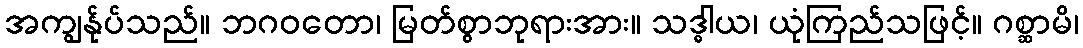
အကျွန်ုပ်သည်။ ဘဂဝတော၊ မြတ်စွာဘုရားအား။ သဒ္ဓါယ၊ ယုံကြည်သဖြင့်။ ဂစ္ဆာမိ၊